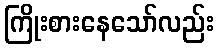
ကြိုးစားနေသော်လည်း